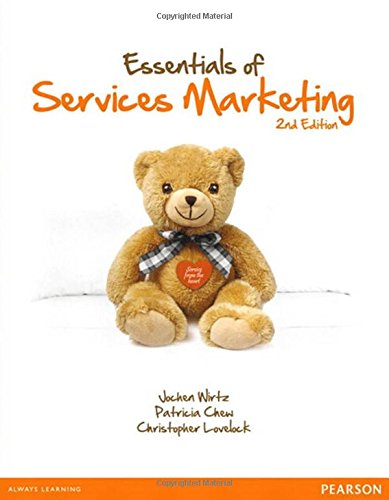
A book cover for Essentials of Services Marketing (2nd Edition); Jochen Wirtz; Business & Money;